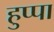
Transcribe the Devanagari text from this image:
हुप्पा